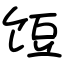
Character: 饾